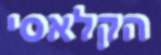
הקלאסי